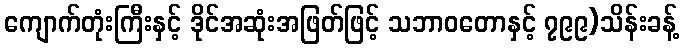
ကျောက်တုံးကြီးနှင့် ဒိုင်အဆုံးအဖြတ်ဖြင့် သဘာဝတောနှင့် ၇၉၉)သိန်းခန့်